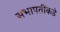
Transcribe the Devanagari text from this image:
सभापतींकडे